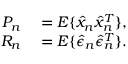
\begin{array} { r l } { P _ { n } } & { { } = E \{ \hat { x } _ { n } \hat { x } _ { n } ^ { T } \} , } \\ { R _ { n } } & { { } = E \{ \hat { \epsilon } _ { n } \hat { \epsilon } _ { n } ^ { T } \} . } \end{array}